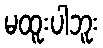
မထူးပါဘူး